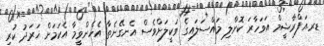
ޑރ.އަފްރާޝީމް އަވަހާރަ ކޮށްލި މައްސަލައިގެ ވަކީލަށްވެސް އެނގޭނެތާ އެހެންވީމާ އެކަމަށް ޚަރަދު ކުރި